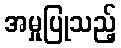
အမှုပြုသည့်